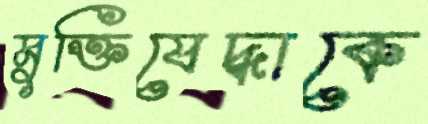
মুক্তিযেদ্ধাকে